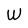
Character: W